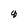
Character: q